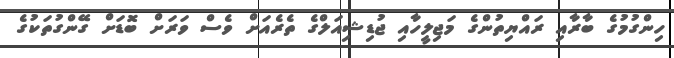
ހިންގުމުގެ ބާރާއި ރައްޔިތުންގެ މަޖިލީހާއި ޖުޑިޝިއަލްގެ ތެރެއަށް ވެސް ވަރަށް ބޮޑަށް ގޭންގުތަކުގެ